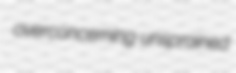
overconcerning unsprained